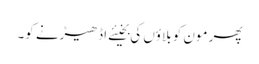
پھر مون کو بلاؤں کی بخیئے اڈھیڑنے کو۔